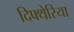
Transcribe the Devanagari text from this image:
दिफ्थेरिया